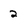
Character: 2